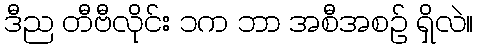
ဒီည တီဗီလိုင်း ၁က ဘာ အစီအစဉ် ရှိလဲ။